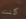
كنت